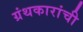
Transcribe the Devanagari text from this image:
ग्रंथकारांची